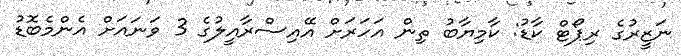
ނަޒީރުގެ ރިޕޯޓް ކާޑު: ކާމިޔާބު ތިން އަހަރަށް އޭއިސްރާއީލުގެ 3 ވަނައަށް އެންމެބޮޑު